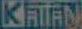
KATAN